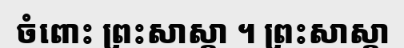
ចំពោះ ព្រះសាស្តា ។ ព្រះសាស្តា